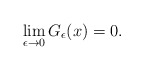
\begin{align*}\lim\limits_{\epsilon\to0}G_{\epsilon}(x)=0.\end{align*}